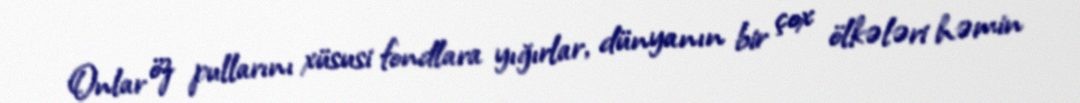
Onlar öz pullarını xüsusi fondlara yığırlar, dünyanın bir çox ölkələri həmin